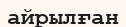
айрылған